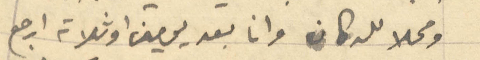
ومحلا للدكان وانا بعد يومين او ثلاثة ارجع